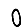
Digit: 0